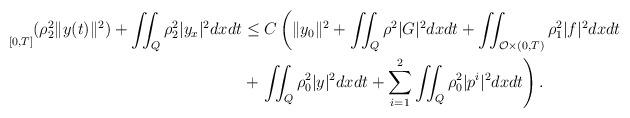
LaTeX: \begin{align*}\underset{[0,T]}{} (\rho_2^2 \|y(t)\|^2) + \iint_Q \rho_2^2 |y_x|^2 dxdt &\leq C \left(\|y_0\|^2 + \iint_Q \rho^2 |G|^2 dxdt + \iint_{\mathcal{O} \times (0,T)} \rho_1^2 |f|^2 dxdt \right. \\&+ \left. \iint_Q \rho_0^2 |y|^2 dxdt + \sum_{i=1}^2 \iint_Q \rho_0^2 |p^i|^2 dxdt \right).\end{align*}